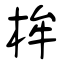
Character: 桙